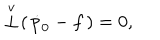
\stackrel { \scriptstyle v } { \bot } \! ( \, { \dot { p } } _ { \hspace { 0 . 5 m m } 0 } - f \, ) = 0 ,